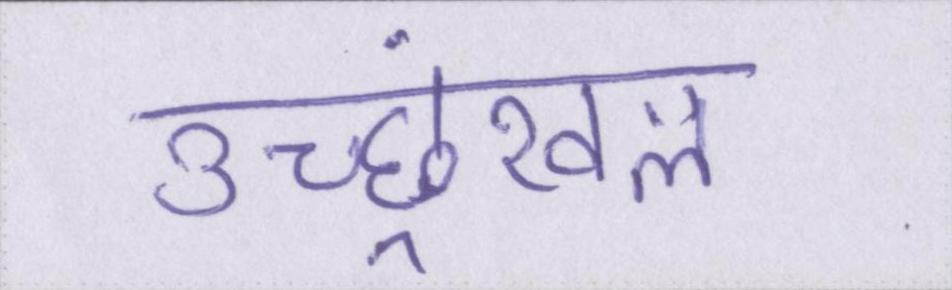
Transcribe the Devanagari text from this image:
उच्छ्रंखल